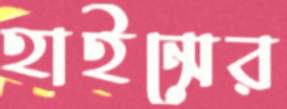
হাইন্সের